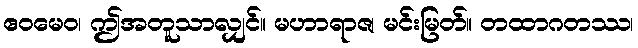
ဧဝမေဝ၊ ဤအတူသာလျှင်။ မဟာရာဇ၊ မင်းမြတ်။ တထာဂတဿ၊